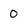
Character: 0